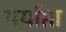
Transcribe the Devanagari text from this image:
पर्याप्ता